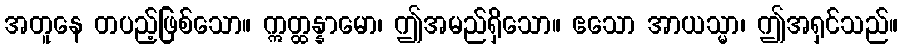
အတူနေ တပည့်ဖြစ်သော။ ဣတ္ထန္နာမော၊ ဤအမည်ရှိသော။ ဧသော အာယသ္မာ၊ ဤအရှင်သည်။